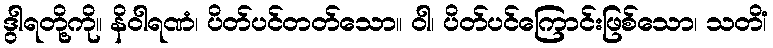
ဒွါရတို့ကို။ နိဝါရဏံ၊ ပိတ်ပင်တတ်သော။ ဝါ၊ ပိတ်ပင်ကြောင်းဖြစ်သော၊ သတိံ၊